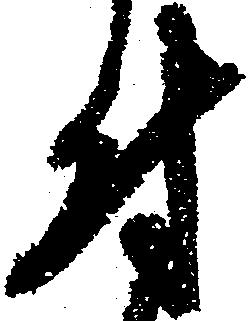
付